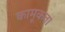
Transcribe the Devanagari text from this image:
कामूकता